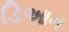
ડિઆન